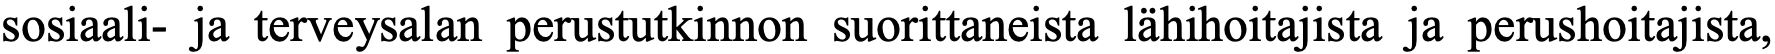
sosiaali- ja terveysalan perustutkinnon suorittaneista lähihoitajista ja perushoitajista,